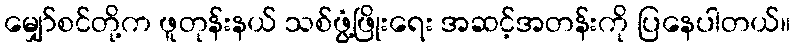
မျှော်စင်တို့က ဖူတုန်းနယ် သစ်ဖွံ့ဖြိုးရေး အဆင့်အတန်းကို ပြနေပါတယ်။